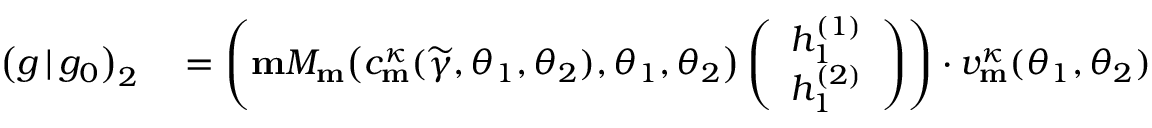
\begin{array} { r l } { \big ( g \, | \, g _ { 0 } \big ) _ { 2 } } & { { } = \left( \mathbf { m } M _ { \mathbf { m } } \big ( c _ { \mathbf { m } } ^ { \kappa } ( \widetilde { \gamma } , \theta _ { 1 } , \theta _ { 2 } ) , \theta _ { 1 } , \theta _ { 2 } \big ) \left( \begin{array} { l } { h _ { 1 } ^ { ( 1 ) } } \\ { h _ { 1 } ^ { ( 2 ) } } \end{array} \right) \right) \cdot v _ { \mathbf { m } } ^ { \kappa } ( \theta _ { 1 } , \theta _ { 2 } ) } \end{array}